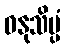
ဓနုသိပ္ပံ